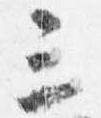
三